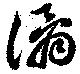
潏